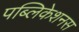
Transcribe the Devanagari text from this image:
पब्लिकेशनस